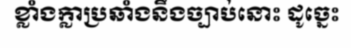
ខ្លាំងក្លាប្រឆាំងនឹងច្បាប់នោះ ដូច្នេះ